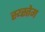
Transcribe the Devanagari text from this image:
स्य्स्तेम